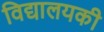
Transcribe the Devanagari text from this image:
विद्यालयकी